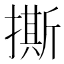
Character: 撕